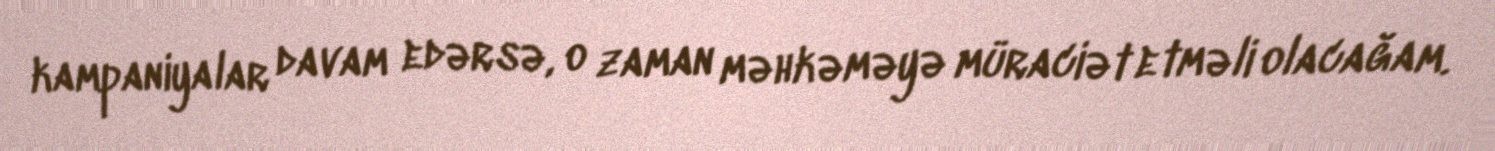
kampaniyalar davam edərsə, o zaman məhkəməyə müraciət etməli olacağam.